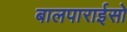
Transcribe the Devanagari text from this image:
बालपाराईसो